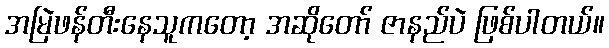
အမြဲဖန်တီးနေသူကတော့ အဆိုတော် ဇာနည်ပဲ ဖြစ်ပါတယ်။